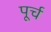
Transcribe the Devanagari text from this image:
पूर्च